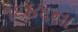
૧૬૪૬ના